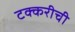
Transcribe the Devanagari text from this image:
टक्करीची